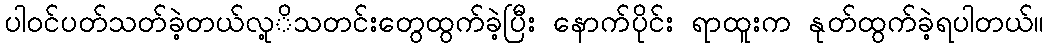
ပါဝင်ပတ်သတ်ခဲ့တယ်လု့ိသတင်းတွေထွက်ခဲ့ပြီး နောက်ပိုင်း ရာထူးက နုတ်ထွက်ခဲ့ရပါတယ်။